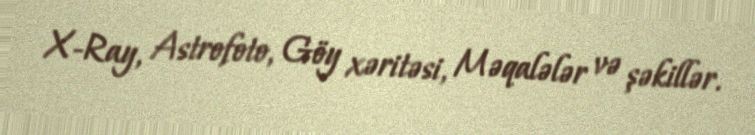
X-Ray, Astrofoto, Göy xəritəsi, Məqalələr və şəkillər.